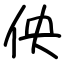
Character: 佒